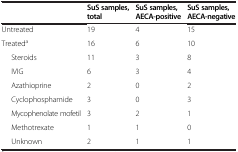
<table><thead><tr><td><b> </b></td><td><b>SuS samples, total</b></td><td><b>SuS samples, AECA-positive</b></td><td><b>SuS samples, AECA-negative</b></td></tr></thead><tbody><tr><td>Untreated</td><td>19</td><td>4</td><td>15</td></tr><tr><td>Treated<sup>a</sup></td><td>16</td><td>6</td><td>10</td></tr><tr><td>Steroids</td><td>11</td><td>3</td><td>8</td></tr><tr><td>IVIG</td><td>6</td><td>3</td><td>4</td></tr><tr><td>Azathioprine</td><td>2</td><td>0</td><td>2</td></tr><tr><td>Cyclophosphamide</td><td>3</td><td>0</td><td>3</td></tr><tr><td>Mycophenolate mofetil</td><td>3</td><td>2</td><td>1</td></tr><tr><td>Methotrexate</td><td>1</td><td>1</td><td>0</td></tr><tr><td>Unknown</td><td>2</td><td>1</td><td>1</td></tr></tbody></table>